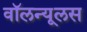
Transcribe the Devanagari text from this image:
वॉलन्यूलस